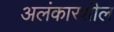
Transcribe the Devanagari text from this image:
अलंकारशील